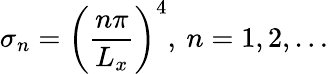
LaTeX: \sigma_{n}=\left(\frac{n\pi}{L_{x}}\right)^{4},\: n=1,2,\ldots